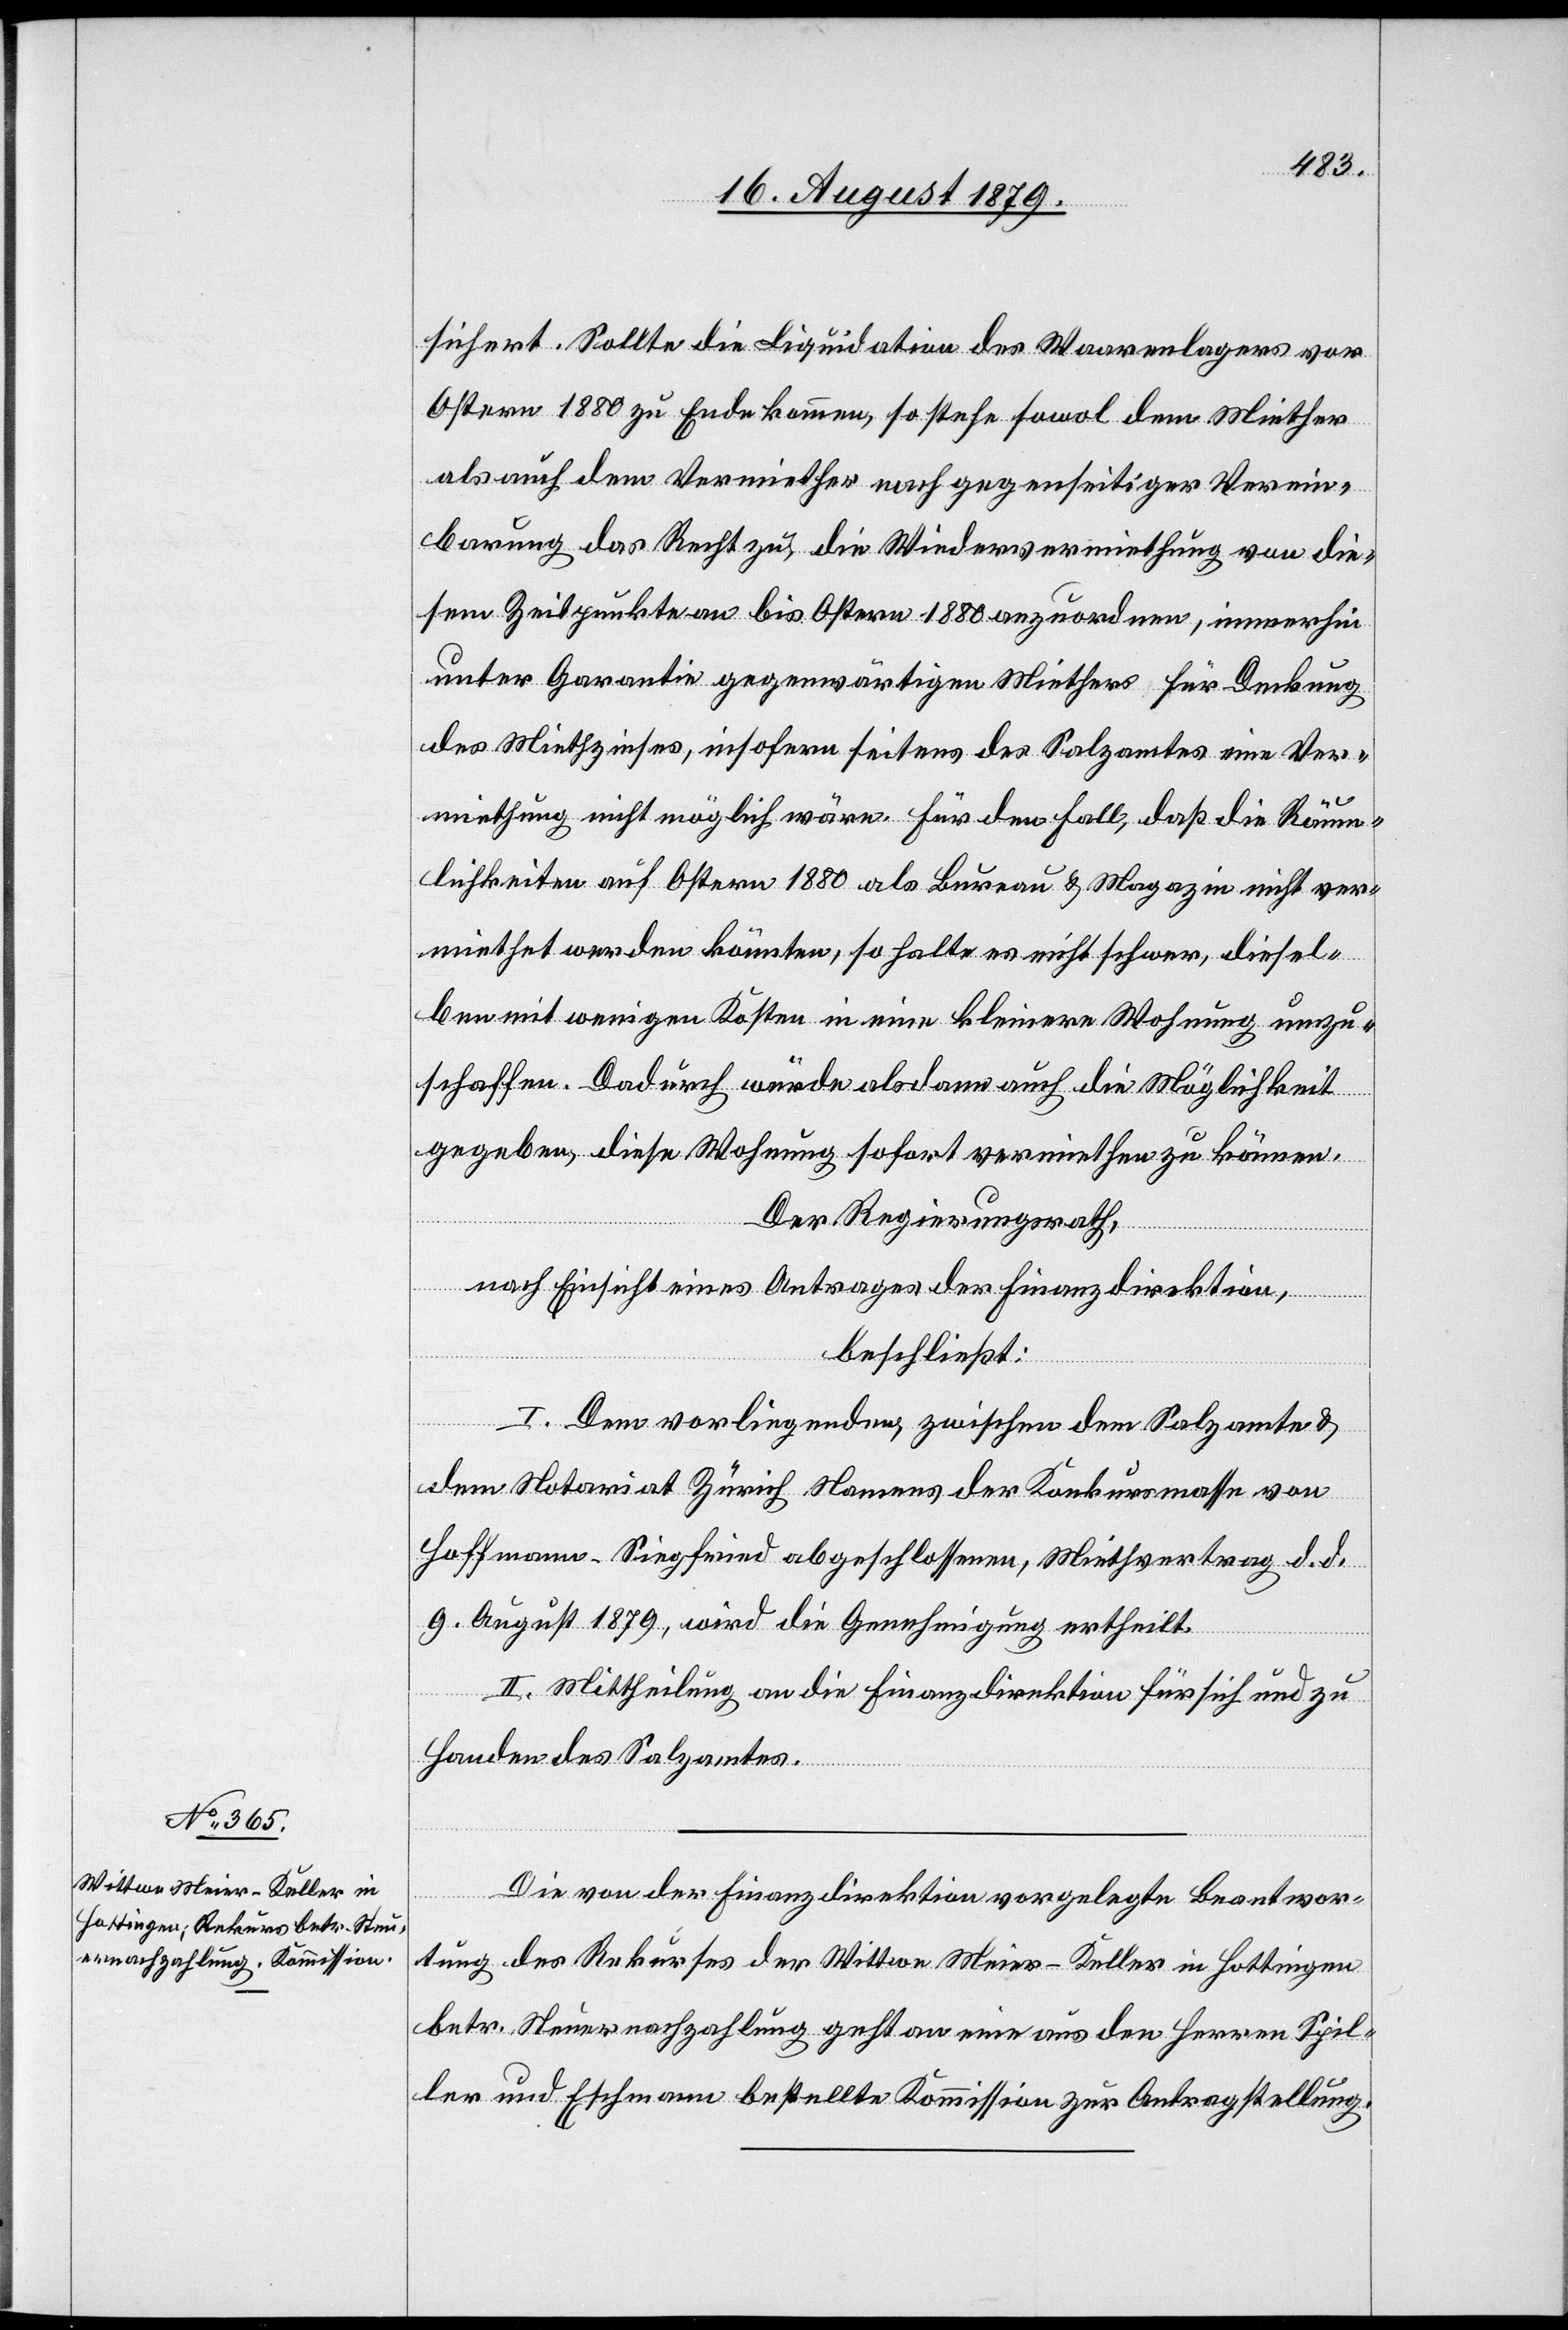
sichert. Sollte die Liquidation des Waarenlagers vor
Ostern 1880 zu Ende kommen, so stehe sowol dem Miether
als auch dem Vermiether nach gegenseitiger Verein¬
barung das Recht zu, die Wiedervermiethung von die¬
sem Zeitpunkte an bis Ostern 1880 anzuordnen, immerhin
unter Garantie gegenwärtigen Miether für Deckung
des Miethzinses, insofern seitens des Salzamtes eine Ver¬
miethung nicht möglich wäre für den Fall, daß die Räum¬
lichkeiten auf Ostern 1880 als Bureau & Magazin nicht ver¬
miethet werden könnten, so halte es nicht schwer, diesel¬
ben mit wenigen Kosten in eine kleinere Wohnung umzu¬
schaffen. Dadurch würde alsdann auch die Möglichkeit
gegeben, diese Wohnung sofort vermiethen zu können.
Der Regierungsrath,
nach Einsicht eines Antrages der Finanzdirektion,
beschließt:
I. Dem vorliegenden, zwischen dem Salzamte &
dem Notariat Zürich Namens der Konkursmasse von
Hoffmann-Siegfried abgeschlossenen Miethvertrag d. d.
9. August 1879, wird die Genehmigung ertheilt.
II. Mittheilung an die Finanzdirektion für sich und zu
Handen des Salzamtes.
Die von der Finanzdirektion vorgelegte Beantwor¬
tung des Rekurses der Wittwe Meier-Keller in Hottingen
betr. Steuernachzahlung geht an eine aus den Herren Spil¬
ler und Eschmann bestellte Kommission zur Antragstellung.